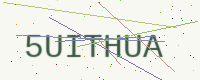
Text: 5UITHUA